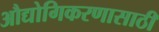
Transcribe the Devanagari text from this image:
औद्योगिकरणासाठी